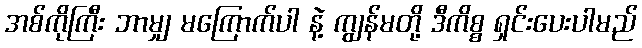
အစ်ကိုကြီး ဘာမျှ မကြောက်ပါ နဲ့ ကျွန်မတို့ ဒီကိစ္စ ရှင်းပေးပါမည်